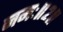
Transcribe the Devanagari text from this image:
नमः॥२॥